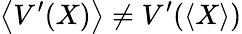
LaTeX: \left\langle V^{\prime}(X)\right\rangle\neq V^{\prime}(\left\langle X\right\rangle)